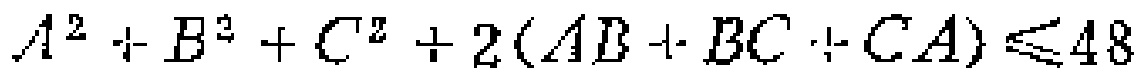
$A^{2}+B^{2}+C^{2}+2(AB + BC + CA)\leq48$